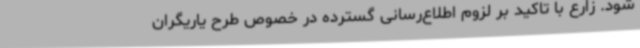
شود. زارع با تاکید بر لزوم اطلاع‌رسانی گسترده در خصوص طرح یاریگران